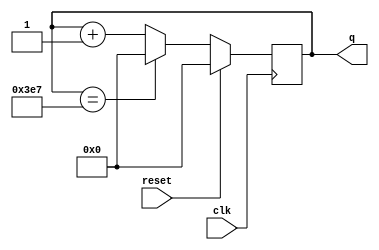
module top_module (
    input clk,
    input reset,
    output [9:0] q);
reg [9:0] cnt;
always @(posedge clk)begin
    if(reset)begin
        cnt <= 10'b0;
    end
    else if(cnt == 10'd999) begin 
        cnt <= 10'b0;
    end
    else begin
        cnt <= cnt + 1'b1;
    end
end
assign q = cnt;
endmodule